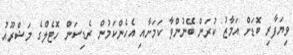
ވިޔަފާރި ބޮޑަށް އަމާޒު ކުރަން ބޭނުންވާ ކަމަށާއި އެހެންކަމުން ރެޑިސަން ހޮޓެލްގެ މަޝްރޫއު